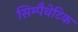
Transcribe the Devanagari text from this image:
सिम्पैथेटिक